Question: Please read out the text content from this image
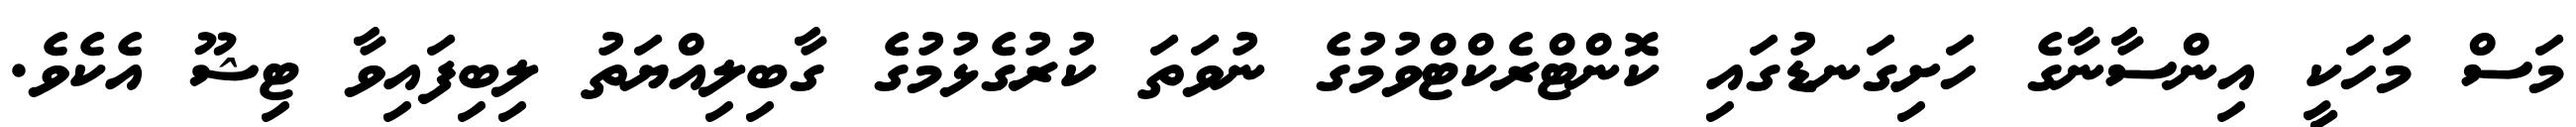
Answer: މަސް މަހަކީ އިންސާނާގެ ހަށިގަނޑުގައި ކޮންޓްރެކްޓްވުމުގެ ނުވަތަ ކުރުގެޅުމުގެ ގާބިލިއްޔަތު ލިބިފައިވާ ޓިޝޫ އެކެވެ.